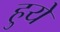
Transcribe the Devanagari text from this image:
हुयेे